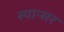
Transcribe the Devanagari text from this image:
स्पान्सर